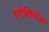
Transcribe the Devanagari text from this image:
एनैक्सिमेंडर